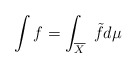
\begin{align*}\int f = \int_{\overline X} \,\, \tilde f d\mu\end{align*}